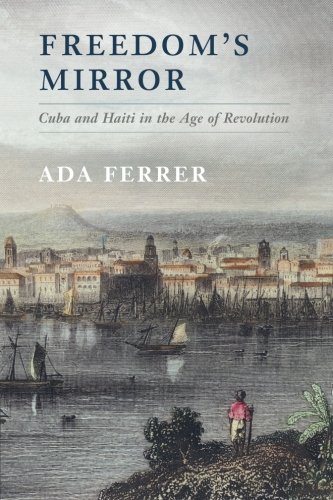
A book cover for Freedom's Mirror: Cuba and Haiti in the Age of Revolution; Ada Ferrer; History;